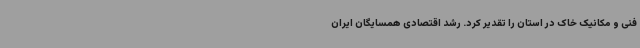
فنی و مکانیک خاک در استان را تقدیر کرد. رشد اقتصادی همسایگان ایران